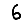
Digit: 6